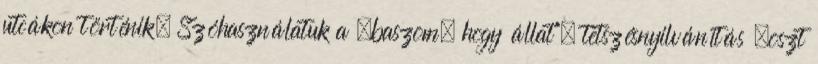
utcákon történik. Szóhasználatuk a „baszom, hogy állat”, tetszésnyilvánítás „oszt